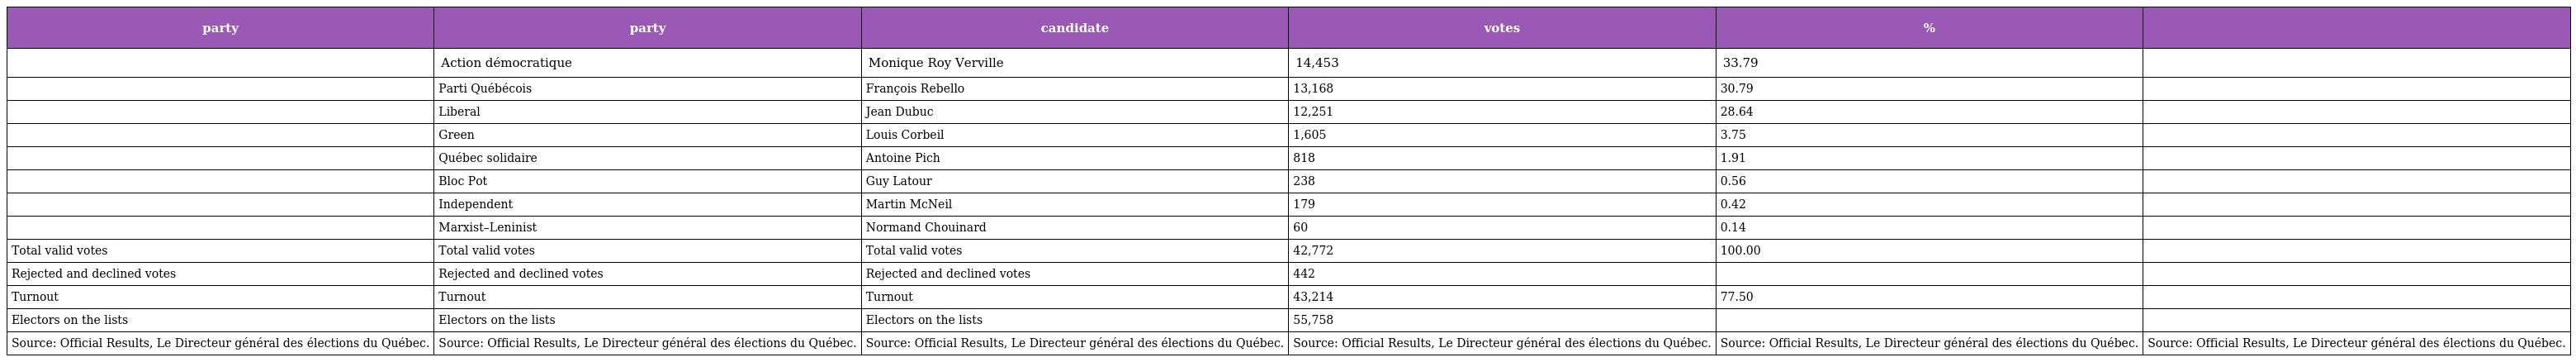
| party | party | candidate | votes | % |  |
 | --- | --- | --- | --- | --- | --- |
 |  | Action démocratique | Monique Roy Verville | 14,453 | 33.79 |  |
 |  | Parti Québécois | François Rebello | 13,168 | 30.79 |  |
 |  | Liberal | Jean Dubuc | 12,251 | 28.64 |  |
 |  | Green | Louis Corbeil | 1,605 | 3.75 |  |
 |  | Québec solidaire | Antoine Pich | 818 | 1.91 |  |
 |  | Bloc Pot | Guy Latour | 238 | 0.56 |  |
 |  | Independent | Martin McNeil | 179 | 0.42 |  |
 |  | Marxist–Leninist | Normand Chouinard | 60 | 0.14 |  |
 | Total valid votes | Total valid votes | Total valid votes | 42,772 | 100.00 |  |
 | Rejected and declined votes | Rejected and declined votes | Rejected and declined votes | 442 |  |  |
 | Turnout | Turnout | Turnout | 43,214 | 77.50 |  |
 | Electors on the lists | Electors on the lists | Electors on the lists | 55,758 |  |  |
 | Source: Official Results, Le Directeur général des élections du Québec. | Source: Official Results, Le Directeur général des élections du Québec. | Source: Official Results, Le Directeur général des élections du Québec. | Source: Official Results, Le Directeur général des élections du Québec. | Source: Official Results, Le Directeur général des élections du Québec. | Source: Official Results, Le Directeur général des élections du Québec. |